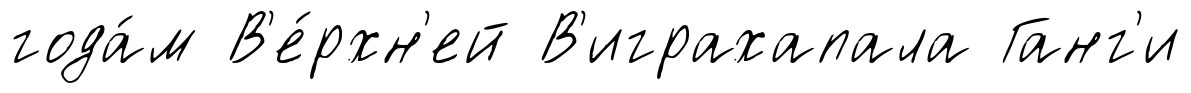
года́м В'е́рхн'ей В'играхапала Ганг'и